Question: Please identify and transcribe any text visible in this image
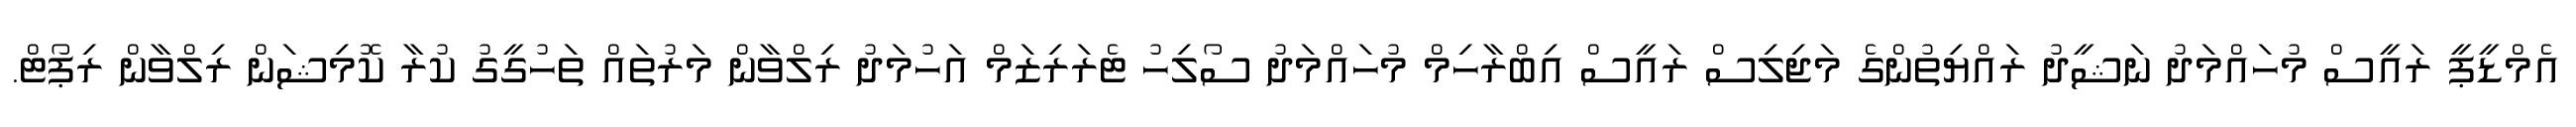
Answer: އެމްޑީޕީ ރައީސް މުހައްމަދު ނަޝީދު ރައްޔިތުންގެ މަޖިލިސް ރައީސް އިބްރާހިމް މުހައްމަދު ސޯލިހު ޓެރަރިޒަމް އަހުމަދު ރިލްވާން މަރުތައް ތަހުގީގު ކުރާ ކޮމިޝަން ރިލްވާން ރިޕޯޓް.